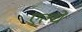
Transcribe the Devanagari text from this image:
एल्चे